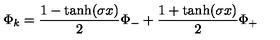
\Phi _ { k } = { \frac { 1 - \tanh ( \sigma x ) } { 2 } } \Phi _ { - } + { \frac { 1 + \tanh ( \sigma x ) } { 2 } } \Phi _ { + }